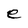
Character: e